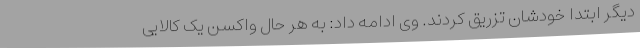
دیگر ابتدا خودشان تزریق کردند. وی ادامه داد: به هر حال واکسن یک کالایی